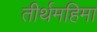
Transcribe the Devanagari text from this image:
तीर्थमहिमा